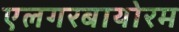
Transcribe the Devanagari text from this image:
एलगरबायोरम